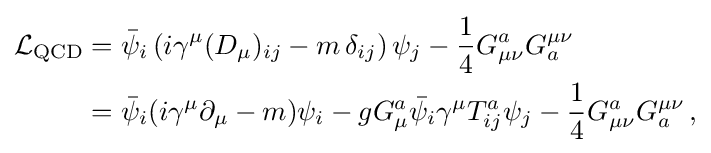
{\begin{aligned}{\mathcal {L}}_{\mathrm {QCD} }&={\bar {\psi }}_{i}\left(i\gamma ^{\mu }(D_{\mu })_{ij}-m\,\delta _{ij}\right)\psi _{j}-{\frac {1}{4}}G_{\mu \nu }^{a}G_{a}^{\mu \nu }\\&={\bar {\psi }}_{i}(i\gamma ^{\mu }\partial _{\mu }-m)\psi _{i}-gG_{\mu }^{a}{\bar {\psi }}_{i}\gamma ^{\mu }T_{ij}^{a}\psi _{j}-{\frac {1}{4}}G_{\mu \nu }^{a}G_{a}^{\mu \nu }\,,\\\end{aligned}}\,\!